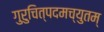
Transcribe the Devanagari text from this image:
गुरुचित्पदमच्युतम्